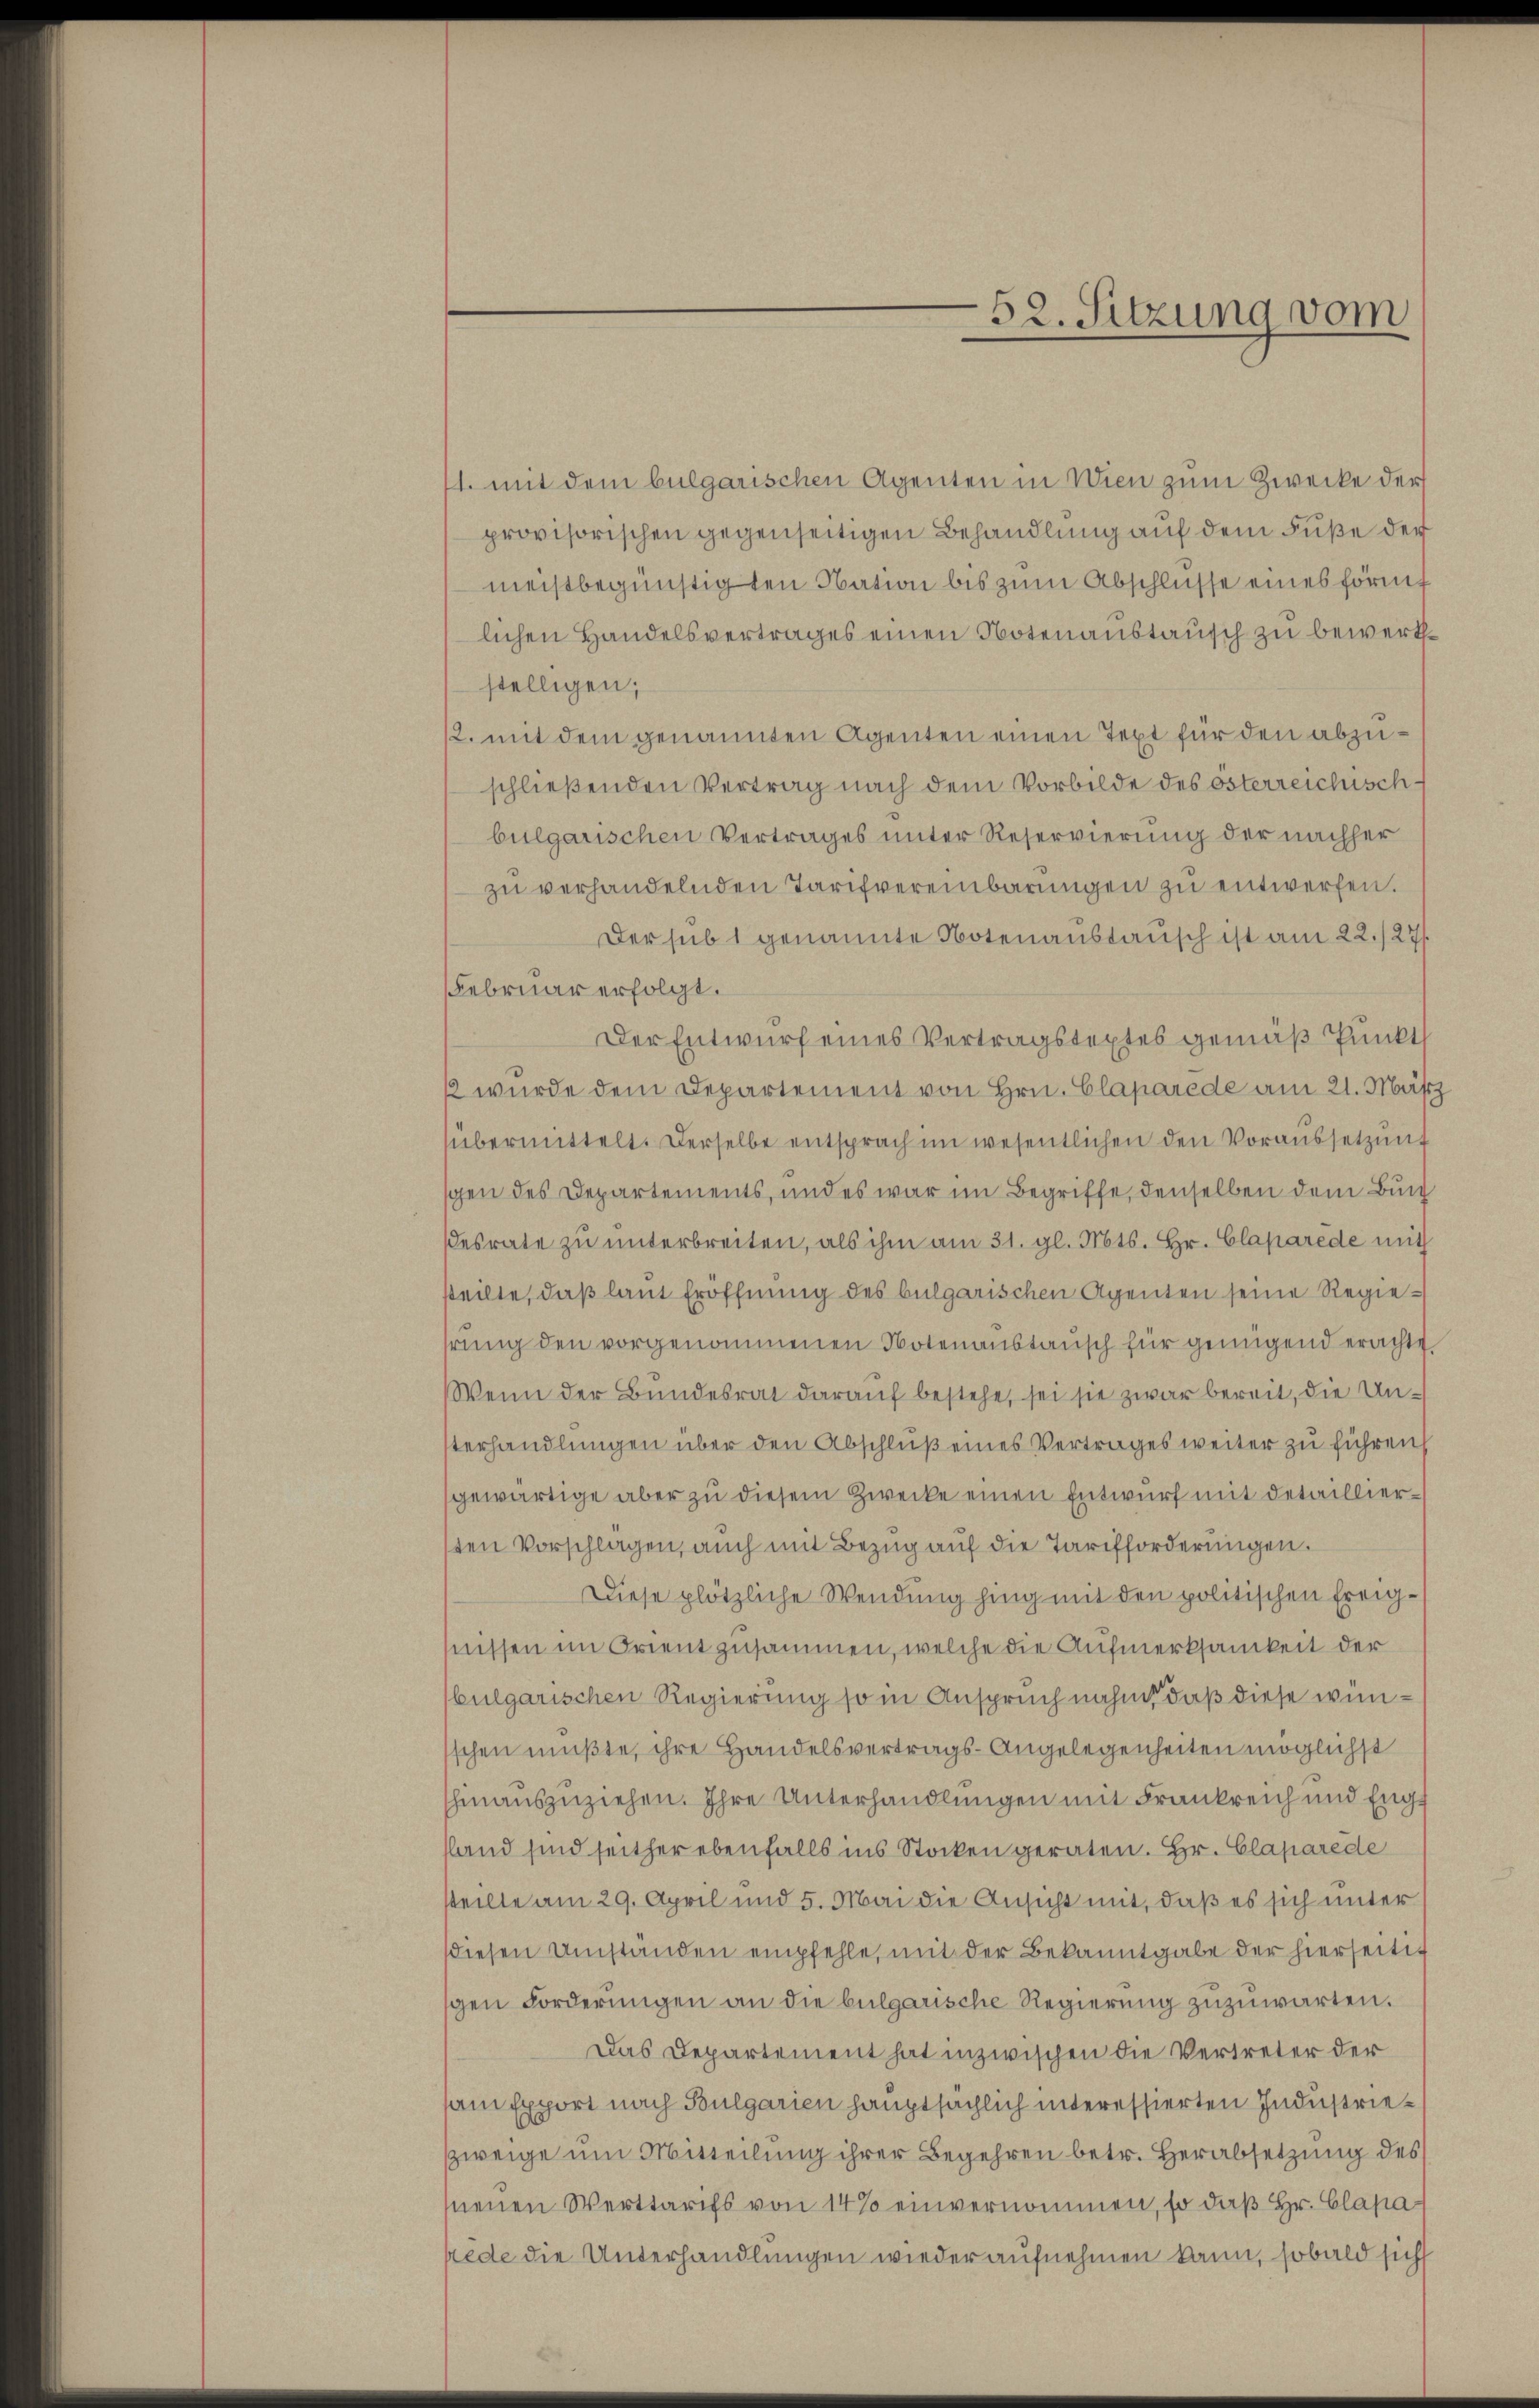
1. mit dem bulgarischen Agenten in Wien zum Zwecke der
provisorischen gegenseitigen Behandlung auf dem Fuße der
meistbegünstigten Nation bis zum Abschlüsse eines förm
lichen Handelsvertrages einen Notenaustausch zu bewerthstelligen,
2. mit dem genannten Agenten einen Text für den abzuschließenden Vertrag nach dem Vorbilde des österreichisch-
bulgarischen Vertrages unter Reservierung der nachher
zŭ verhandelnden Tarifvereinbarŭngen zŭ entwerfen.
Der sub 1 genannte Notenaustausch ist am 22./27
Februar erfolgt.
Der Entwurf eines Vertragstextes gemäß Punkt
2 wurde dem Departement von Hrn. Claparede am 21. März
übermittelt. Derselbe entsprach im wesentlichen den Voraussetzung
schen des Departements, und es war im Begriffe, denselben dem Bun
esrate zu unterbreiten, als ihm am 31. gl. Mts. Hr. Claparede mit
steilte, daß laut Eröffnung des bulgarischen Agenten seine Regiehrŭng den vorgenommenen Notenanstausch für genügend erachte
Wenn der Bundesrat darauf bestehe, sei sie zwar bereit, die Unsterhandlungen über den Abschluß eines Vertrages weiter zu führen
gewärtige aber zu diesem Zwecke einen Entwurf mit detailliersten Vorschlägen, auch mit Bezug auf die Tarifforderungen.
Diese plötzliche Wendung hing mit den politischen Ereignüssen im Orient zusammen, welche die Aufmerksamkeit der
bulgarischen Regierung so in Anspruch nahm, daß diese wünschen mußte, ihre Handelsvertrags-Angelegenheiten möglichst
hinauszuziehen. Ihre Unterhandlungen mit Frankreich und Englland sind seither ebenfalls ins Stocken geraten. Hr. Claparede
tteilte am 29. April und 5. Mai die Ansicht mit, daß es sich unter
diesen Umständen empfehle, mit der Bekanntgabe der hierseitig
gen Forderungen an die bulgarische Regierung zuzuwarten.
Das Departement hat inzwischen die Vertreter der
kam Export nach Bulgarien hauptsächlich interessierten Industrie¬
Zweige um Mitteilung ihrer Begehren betr. Herabsetzung des
menen Werttarifs von 14 % einvernommen, so daß Hr. Claparede die Unterhandlungen wieder aufnehmen kann, sobald sich

52. Sitzung vom